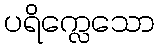
ပရိက္လေသော